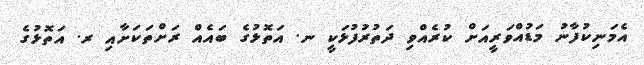
އެމަނިކުފާނު މަޑުއްވަރީއަށް ކުރެއްވި ދަތުރުފުޅަކީ ނ. އަތޮޅުގެ ބައެއް ރަށްތަކަށާއި ރ. އަތޮޅުގެ